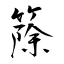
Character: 篨